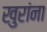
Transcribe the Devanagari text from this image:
खुरांना